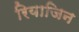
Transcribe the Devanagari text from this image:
रियाजिन